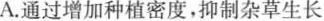
A.通过增加种植密度，抑制杂草生长